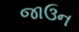
જાઉન